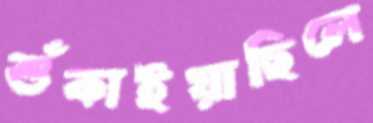
শুঁকাইয়াছিলে